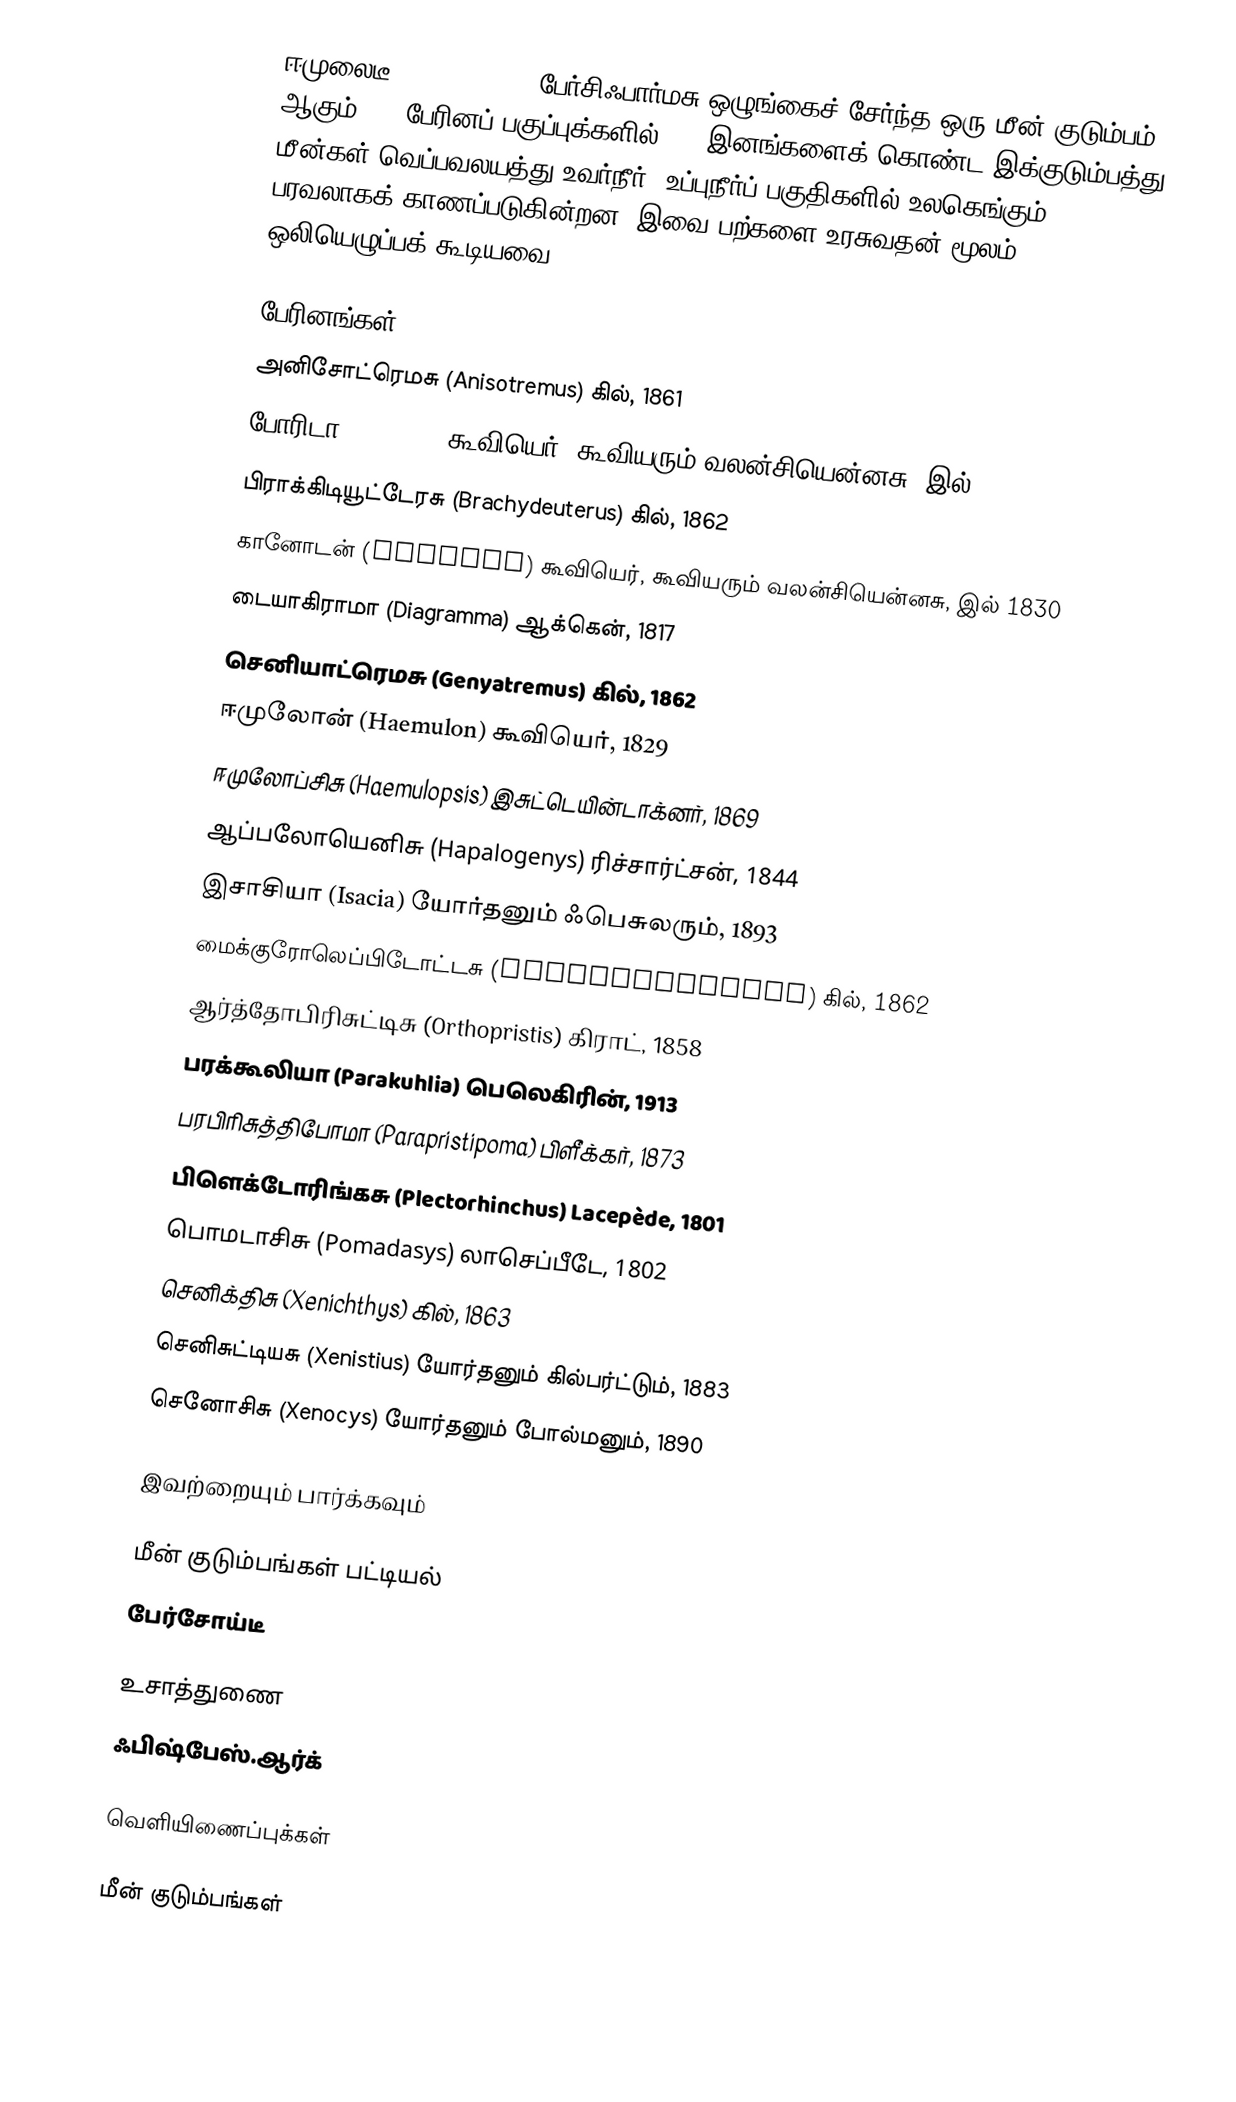
ஈமுலைடீ (Haemulidae), பேர்சிஃபார்மசு ஒழுங்கைச் சேர்ந்த ஒரு மீன் குடும்பம் ஆகும். 19 பேரினப் பகுப்புக்களில் 150 இனங்களைக் கொண்ட இக்குடும்பத்து மீன்கள் வெப்பவலயத்து உவர்நீர், உப்புநீர்ப் பகுதிகளில் உலகெங்கும் பரவலாகக் காணப்படுகின்றன. இவை பற்களை உரசுவதன் மூலம் ஒலியெழுப்பக் கூடியவை.

பேரினங்கள்
அனிசோட்ரெமசு (Anisotremus) கில், 1861
போரிடா (Boridia) கூவியெர், கூவியரும் வலன்சியென்னசு, இல் 1830
பிராக்கிடியூட்டேரசு (Brachydeuterus) கில், 1862
கானோடன் (Conodon) கூவியெர், கூவியரும் வலன்சியென்னசு, இல் 1830
டையாகிராமா (Diagramma) ஆக்கென், 1817
செனியாட்ரெமசு (Genyatremus) கில், 1862
ஈமுலோன் (Haemulon) கூவியெர், 1829
ஈமுலோப்சிசு (Haemulopsis) இசுட்டெயின்டாக்னர், 1869
ஆப்பலோயெனிசு (Hapalogenys) ரிச்சார்ட்சன், 1844
இசாசியா (Isacia) யோர்தனும் ஃபெசுலரும், 1893
மைக்குரோலெப்பிடோட்டசு (Microlepidotus) கில், 1862
ஆர்த்தோபிரிசுட்டிசு (Orthopristis) கிராட், 1858
பரக்கூலியா (Parakuhlia) பெலெகிரின், 1913
பரபிரிசுத்திபோமா (Parapristipoma) பிளீக்கர், 1873
பிளெக்டோரிங்கசு (Plectorhinchus) Lacepède, 1801
பொமடாசிசு (Pomadasys) லாசெப்பீடே, 1802
செனிக்திசு (Xenichthys) கில், 1863
செனிசுட்டியசு (Xenistius) யோர்தனும் கில்பர்ட்டும், 1883
செனோசிசு (Xenocys) யோர்தனும் போல்மனும், 1890

இவற்றையும் பார்க்கவும்

 மீன் குடும்பங்கள் பட்டியல்
 பேர்சோய்டீ

உசாத்துணை
 ஃபிஷ்பேஸ்.ஆர்க்

வெளியிணைப்புக்கள்

மீன் குடும்பங்கள்